Annual administration report of the Civil Veterinary Department, Ajmere-Merwara, British Rajputana - 1914-1940
Year: 1914
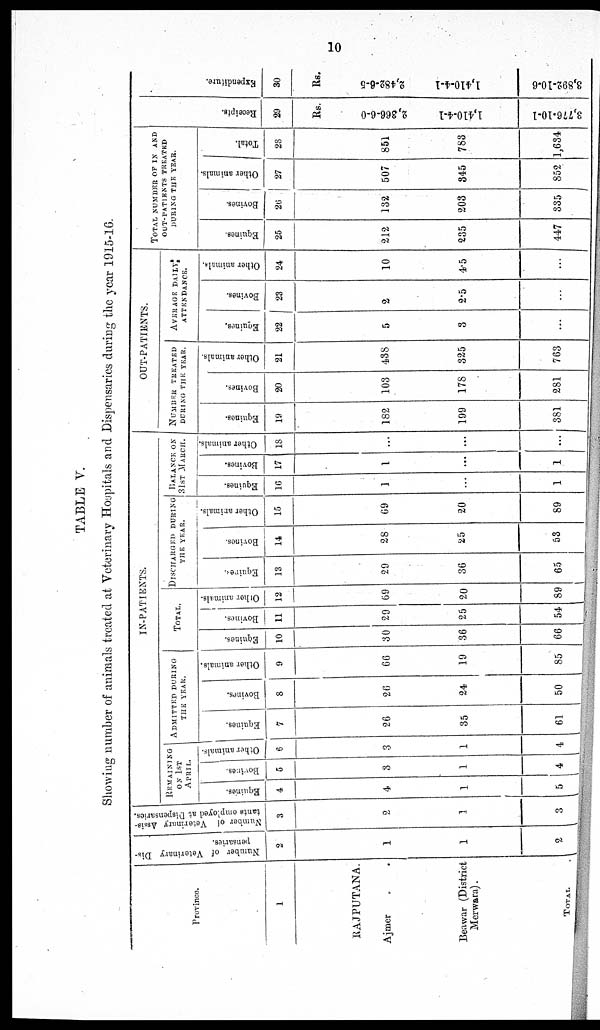
10
TABLE V.
Showing number of animals treated at Veterinary Hospitals and Dispensaries during the year 1915-16.
Province.
1
RAJPUTANA
Ajmer .
Beawar (District
Merwara).
TOTAL
Number of Veterinary Dis-
pensary
2
1
1
2
Number of Veterinary Assis-
tants
employed at Dispensaries.
3
2
1
3
IN-PATIENTS.
REMAINING
ON 1ST
APRIL.
Equines.
4
4
1
5
Bovines.
5
3
1
4
Other animals.
6
3
1
4
ADMITTED DURING
THE YEAR.
Equines.
7
26
35
61
Bovines.
8
26
24
50
Other animals.
9
66
19
85
TOTAL.
Equines.
10
30
36
66
Bovines.
11
29
25
54
Other animals.
12
69
20
89
DISCHARGED
DURING
THE YEAR.
Equines.
13
29
36
65
Bovines.
14
28
25
53
Other animals.
15
69
20
89
BALANCE 31ST MARCH.
Equines.
16
1
...
1
Bovines.
17
1
...
1
Other animals.
18
...
...
...
OUT-PATIENTS.
NUMBER
TREATED
DURING THE YEAR.
Equines.
19
182
199
381
Bovines.
20
103
178
281
Other animals.
21
438
325
763
AVERAGE
DAILY
ATTENDANCE.
Equines.
22
5
3
...
Bovines.
23
2
2.5
...
Other animals.
24
10
4.5
...
TOTAL NUMBER OF IN AND
OUT PATIENTS TREATED
DURING THE YEAR.
Equines.
25
212
235
447
Bovines.
20
132
203
335
Other animals.
27
507
345
852
Total.
23
851
783
1,634
Recei pt s .
29
RS.
2,366-6-0
1,410-4-1
3,776-10-1
Expendi t
ur e.
30
Rs.
2,482-6-5
1,410-4-1
3,892-10-6